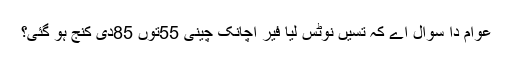
عوام دا سوال اے کہ تسیں نوٹس لیا فیر اچانک چینی 55توں 85دی کنج ہو گئی؟